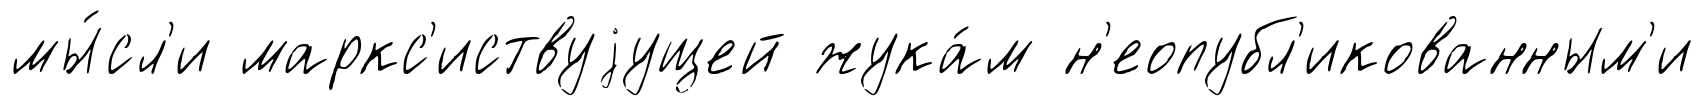
мы́сл'и маркс'иствуjущей жука́м н'еопубл'икованным'и